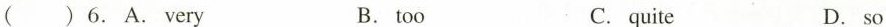
( )6.A.Very B.too C.quite D.so